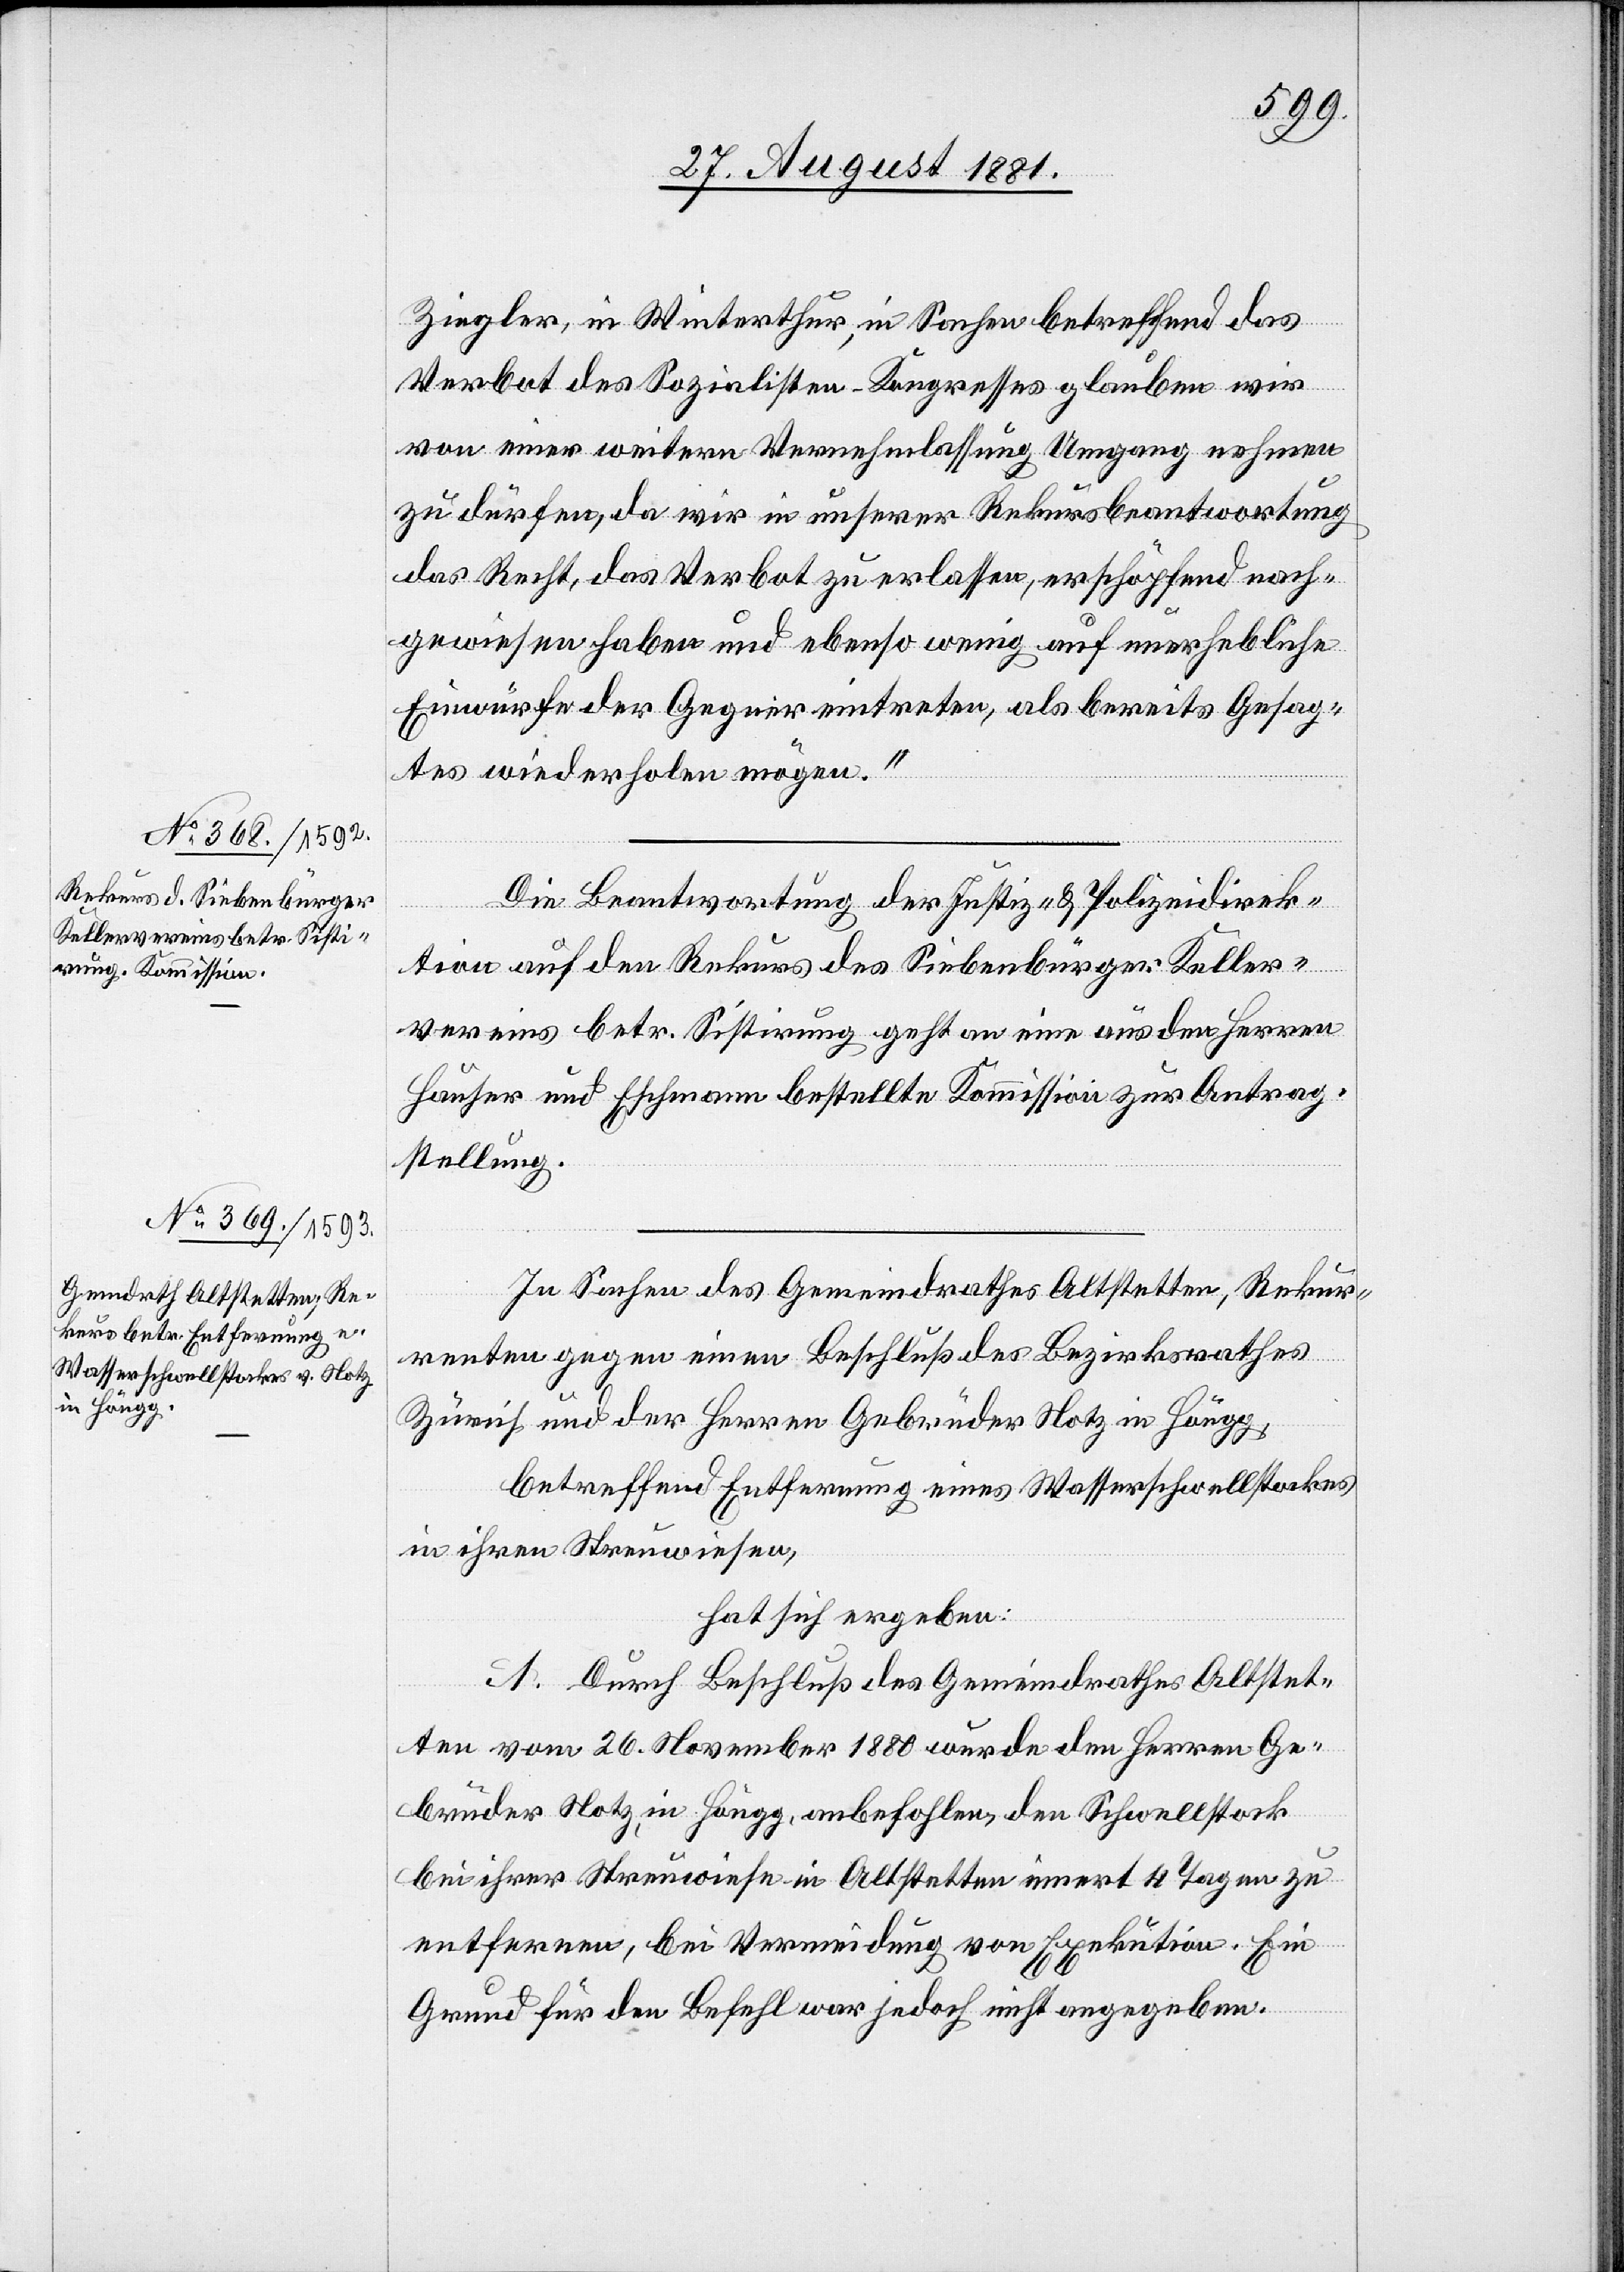
Ziegler, in Winterthur, in Sachen betreffend das
Verbot des Sozialisten-Kongresses glauben wir
von einer weitern Vernehmlassung Umgang nehmen
zu dürfen, da wir in unserer Rekursbeantwortung
das Recht, das Verbot zu erlassen, erschöpfend nach¬
gewiesen haben und ebenso wenig auf unerhebliche
Einwürfe der Gegner eintreten, als bereits Gesag¬
tes wiederholen mögen.“
Die Beantwortung der Justiz- & Polizeidirek¬
tion auf den Rekurs des Siebenbürger Keller¬
vereins betr. Sistirung geht an eine aus den Herren
Hauser und Eschmann bestellte Kommission zur Antrag¬
stellung.
In Sachen des Gemeindrathes Altstetten, Rekur¬
renten gegen einen Beschluß des Bezirksrathes
Zürich und der Herren Gebrüder Notz in Höngg,
betreffend Entfernung eines Wasserschwellstockes
in ihren Streuwiesen,
hat sich ergeben:
A. Durch Beschluß des Gemeindrathes Altstet¬
ten vom 26. November 1880 wurde den Herren Ge¬
brüder Notz, in Höngg, anbefohlen, den Schwellstock
bei ihrer Streuwiese in Altstetten innert 4 Tagen zu
entfernen, bei Vermeidung von Exekution. Ein
Grund für den Befehl war jedoch nicht angegeben.